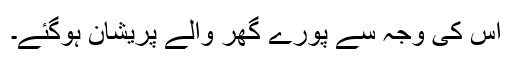
اس کی وجہ سے پورے گھر والے پریشان ہوگئے۔